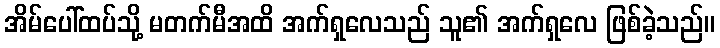
အိမ်ပေါ်ထပ်သို့ မတက်မီအထိ အက်ရှလေသည် သူ၏ အက်ရှလေ ဖြစ်ခဲ့သည်။